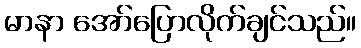
မာနာ အော်ပြောလိုက်ချင်သည်။